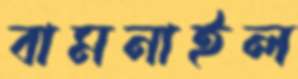
বামনাইল